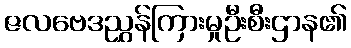
ဇလဗေဒညွှန်ကြားမှုဦးစီးဌာန၏